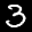
Label: 3